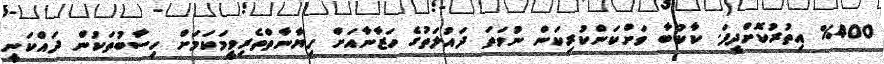
%400 އިތުރުކޮށްދީފަ. ކާކުބާ ވަށްކަންކުރިކަން ނުވަތަ ދައުލަތުގެ ހަޒާނާއަށް ހިޔާނާތްތެރިވީމަކަމަށް ހިސާބުތަކުން ދައްކަނީ